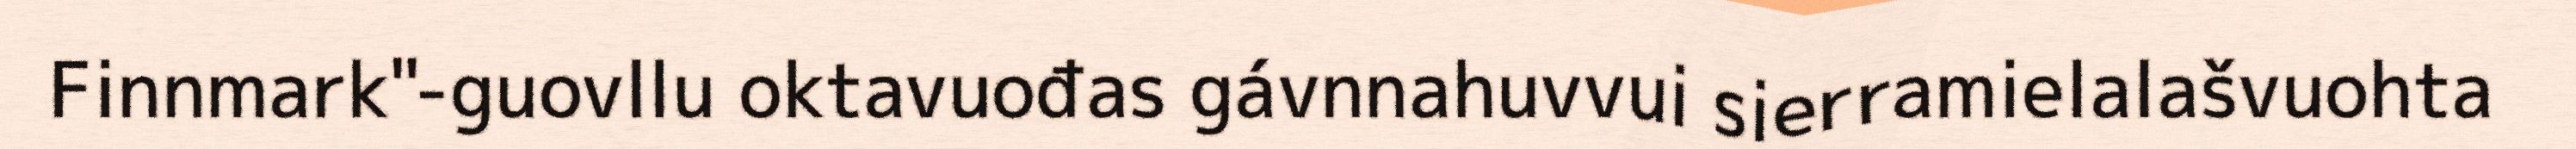
Finnmark"-guovllu oktavuođas gávnnahuvvui sierramielalašvuohta